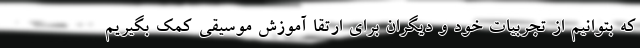
که بتوانیم از تجربیات خود و دیگران برای ارتقا آموزش موسیقی کمک بگیریم